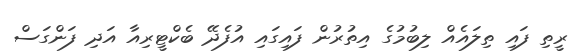
ރީތި ފައި ތިލައެއް ލިބުމުގެ އިތުރުން ފައިގައި އުފެދޭ ބެކްޓީރިއާ އަދި ފަންގަސް